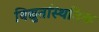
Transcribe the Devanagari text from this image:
विद्युतस्थितिक